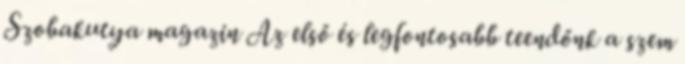
Szobakutya magazin Az első és legfontosabb teendőnk a szem